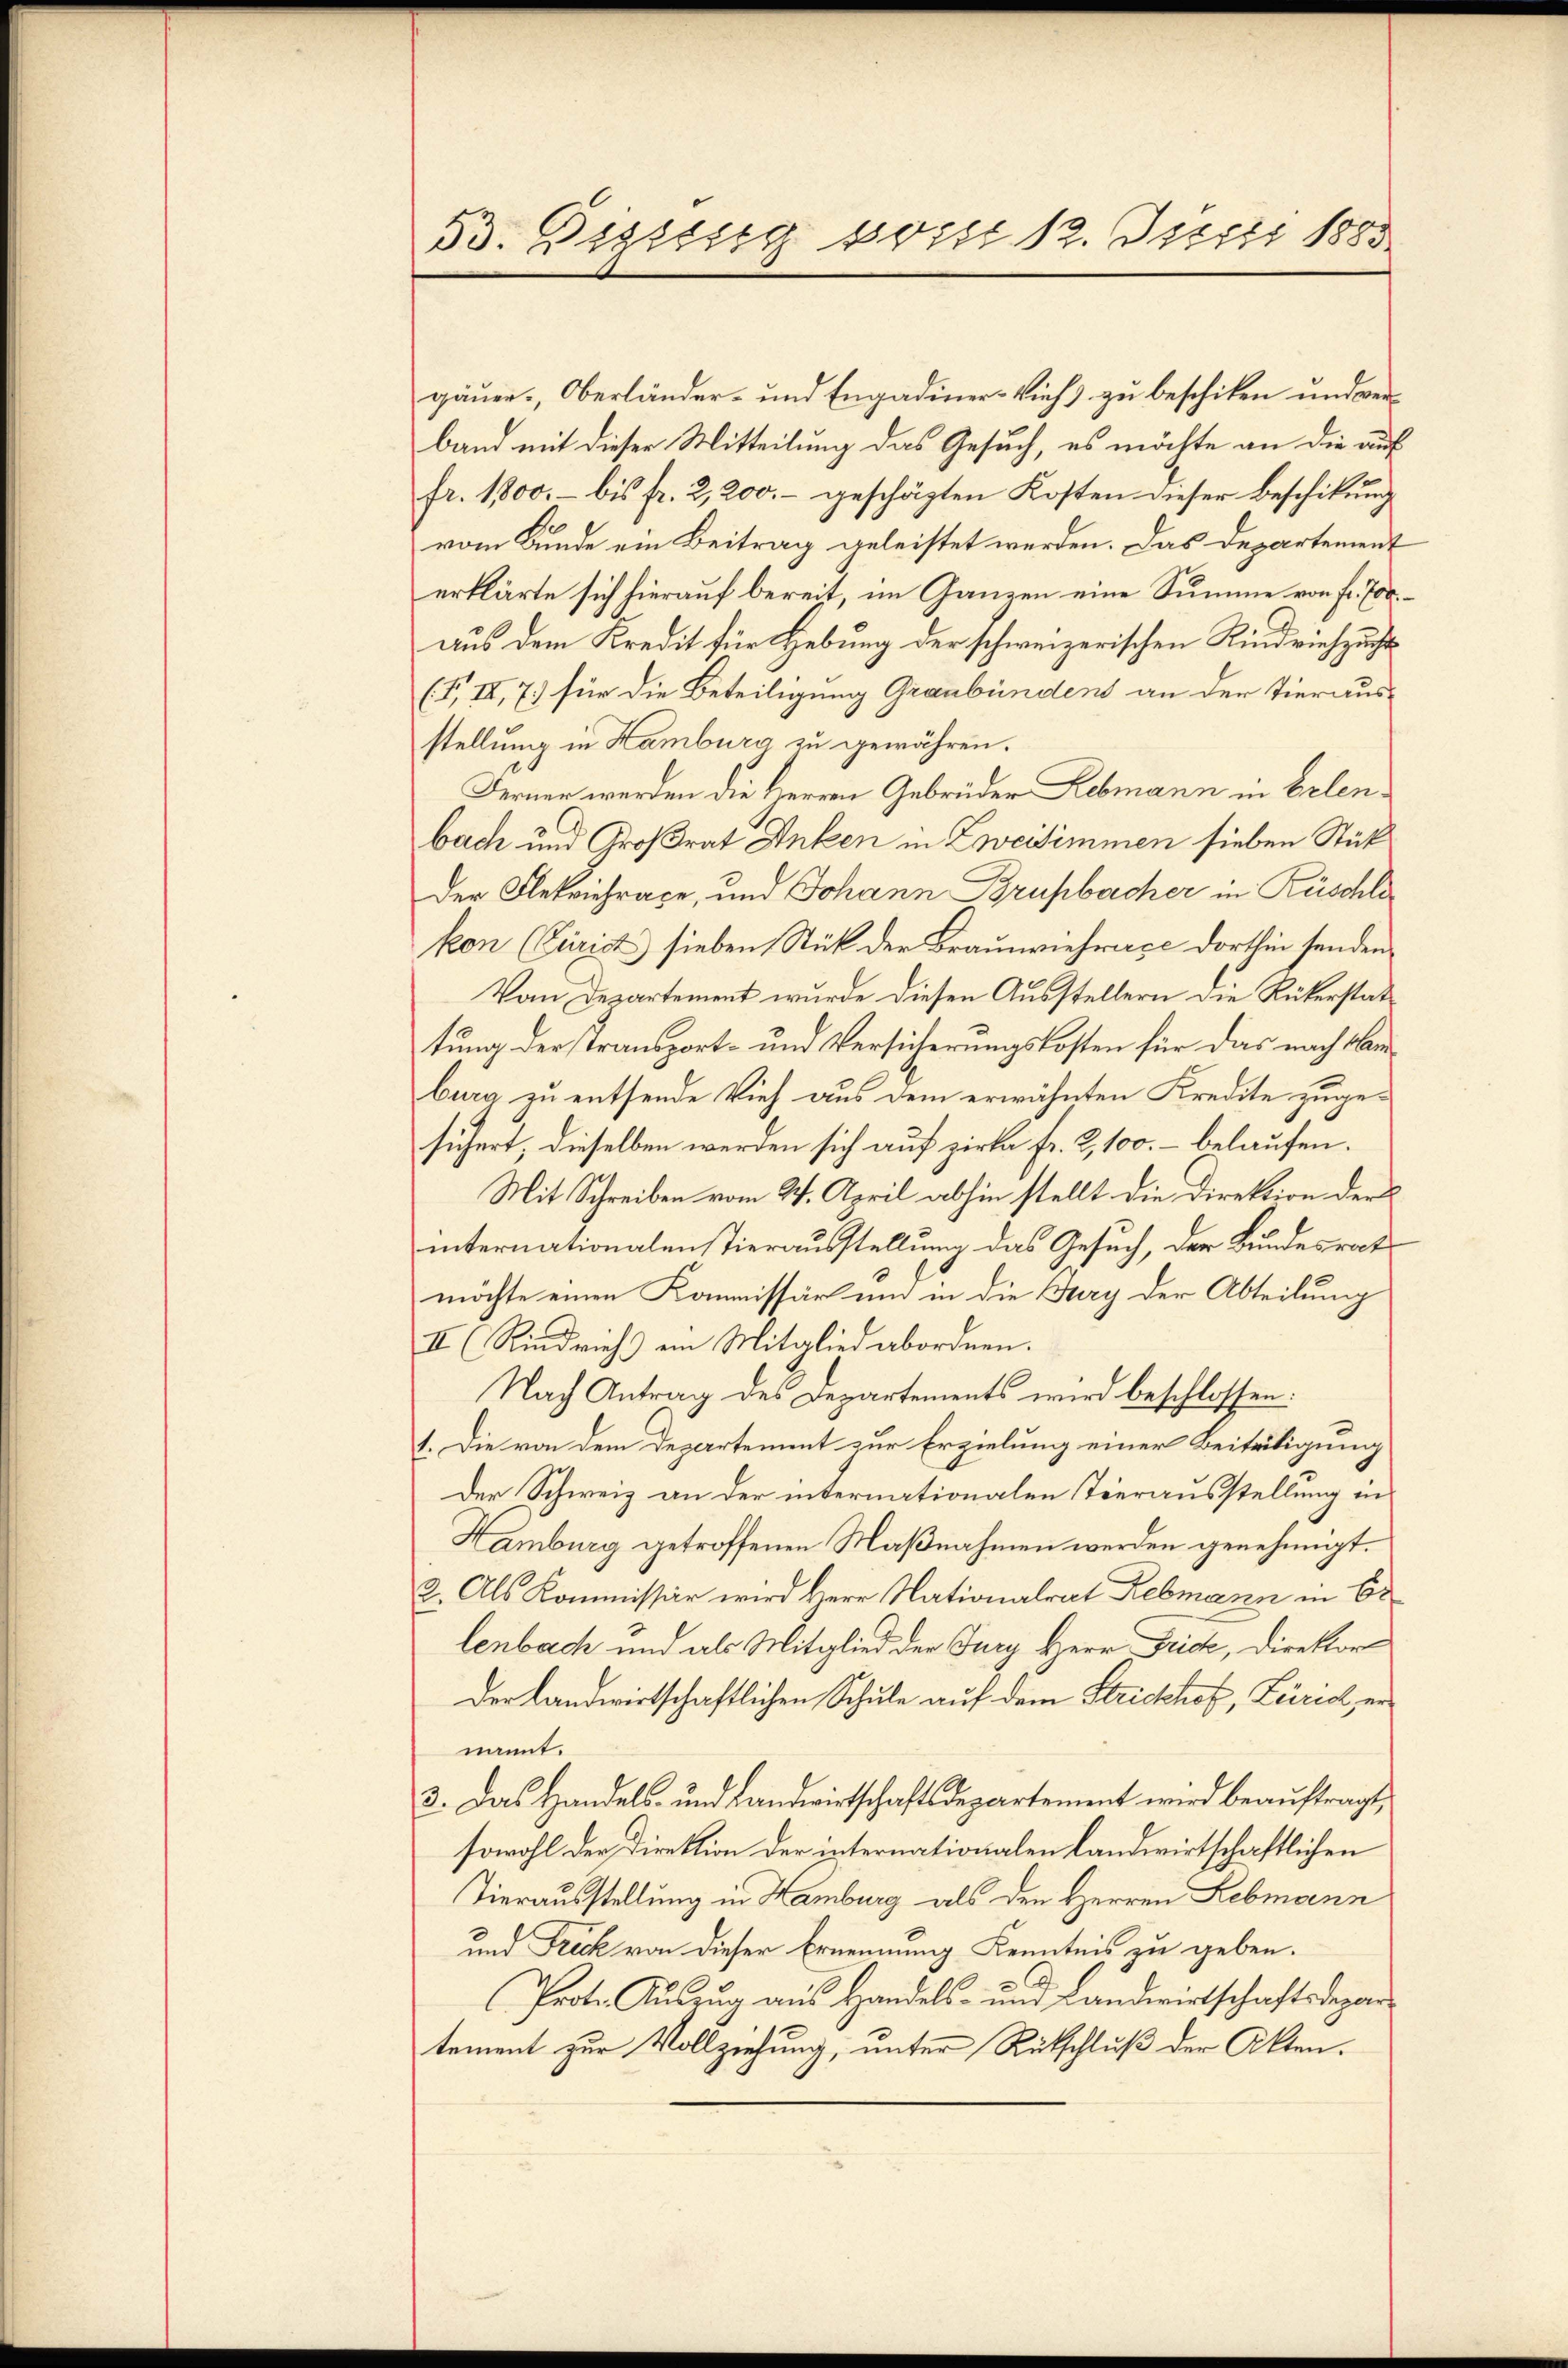
53. Dissstig tritt 12. Jupii 1883

gäuer-, Oberländer- und Engadiner-Vieh zu beschiken und verband mit dieser Mitteilung das Gesuch, es möchte an die auf
fr. 1800.- bis fr. 2,200.- geschäzten Kosten dieser Beschikŭng
vom Bunde ein Beitrag geleistet werden. Das Departement
erklärte sich hierauf bereit, im Ganzen eine Summe von Fr. 700.
aus dem Kredit für Hebung der schweizerischen Kindviehzucht
(I IV, 7) für die Beteiligung Graubündens an der Tierausstellung in Hamburg zu gewähren.
Ferner werden die Herren Gebrüder Lebmann in belen¬
3
bach und Großrat Anken in Zweisimmen sieben Stück
Der Flekeichrage, und Johann Brupbacher in Rüschli
kon (Purist sieben Stück der Braŭnviehrace dorthin senden
Vom Departement wurde diesen Ausstellern die Rükerstattung der Transport- und Versicherungskosten für das nach den
bura zu entsende Vieh aus dem erwähnten Kredite zugesichert, dieselben werden sich auf zirke fr. 2, 100.- belaufen.
Mit Schreiben vom 24. April abhin stellt die Direktion der
internationalen Tierausstellung das Gesuch, der Bundesrat
möchte einen Kommissär und in die Jury der Abteilung
II (Rindrich ein Mitglied abordnen.
Nach Antrag des Departements wird beschlossen:
1. Die von dem Departement zur Erzielung einer Beiträtigung
Der Schweiz an der internationalen Tierausstellung in
Hamburg getroffenen Maßnahmen werden genehmigt.
2. Als Kommissär wird Herr Nationalrat Rebmann in Er
lenbach und als Mitglied der Jury Herr Frick, Direktorder landwirtschaftlichen Schule auf dem Strickhof, Zürich, ernannt.
3. Das Handels- und Landwirtschaftsdepartement wird beauftragt,
sowohl der Direktion der internationalen landwirtschaftlichen
Tierausstellung in Hamburg als den Herren Lebmann
und Freck von dieser Ernennung Kenntnis zu geben.
Prote Aŭszŭg aŭs Handels- und Landwirtschaftsdepar-
tement zur Vollziehung, unter Rütschluß der Akten.